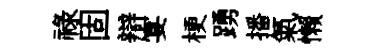
祿固辯宴梗踴播氣懒